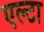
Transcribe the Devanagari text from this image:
एल्टा